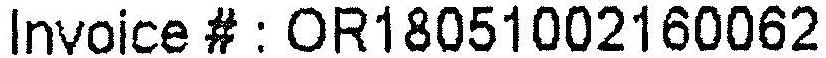
INVOICE # : OR18051002160062